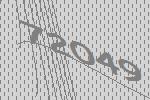
72049